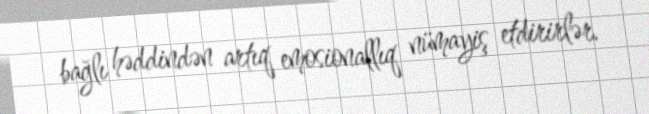
bağlı həddindən artıq emosionallıq nümayiş etdirirlər.